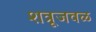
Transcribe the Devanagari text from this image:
शत्रूजवळ